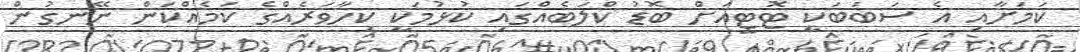
ކަމަށާއި އެ ސަބަބަކީ ޓޮޓީއަށް ބޮޑު ކްލަބެއްގައި ކުޅުމަކީ ކިހާވަރެއްގެ ކަމެއްކަން ނޭނގުން